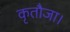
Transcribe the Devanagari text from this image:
कृतौजा।